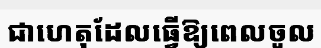
ជាហេតុដែលធ្វើឱ្យពេលចូល